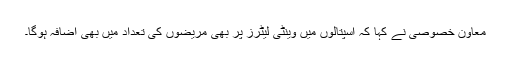
معاون خصوصی نے کہا کہ اسپتالوں میں وینٹی لیٹرز پر بھی مریضوں کی تعداد میں بھی اضافہ ہوگا۔